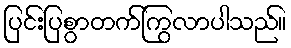
ပြင်းပြစွာတက်ကြွလာပါသည်။